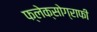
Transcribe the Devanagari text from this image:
फ्लेक्सोग्राफी